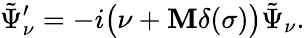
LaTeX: \tilde{\Psi}_{\nu}^{\prime}=-i\bigl(\nu+{\mathbf M}\delta(\sigma)\bigr)\tilde{\Psi}_{\nu}.